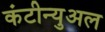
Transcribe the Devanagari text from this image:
कंटीन्युअल